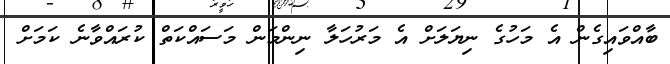
ބާއްވައިގެން އެ މަހުގެ ނިޔަލަށް އެ މަރުހަލާ ނިންމަން މަސައްކަތް ކުރައްވާނެ ކަމަށް